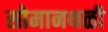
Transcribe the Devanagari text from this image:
सोमानथळी